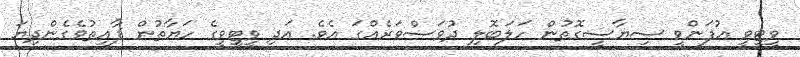
ވީޓީވީ އުފަންވީ ސިޔާސީގޮތުން ހަލަބޮލި ދުވަސްވަރެއްގަ އެވެ. އަދި ވީޓީވީގެ ހަޔާތުން ފާއިތުވެގެންދިޔަ